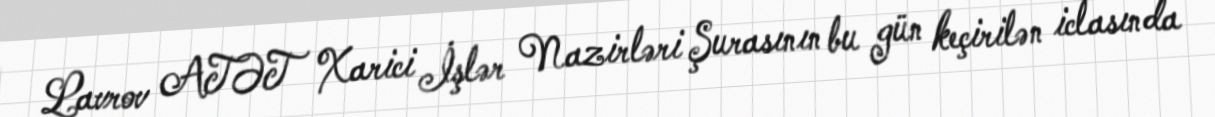
Lavrov ATƏT Xarici İşlər Nazirləri Şurasının bu gün keçirilən iclasında